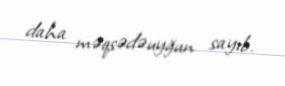
daha məqsədəuyğun sayıb.